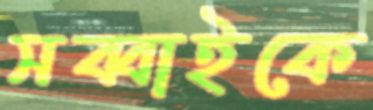
সব্বাইকে